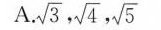
A.\sqrt{3}， \sqrt{4}， \sqrt{5}